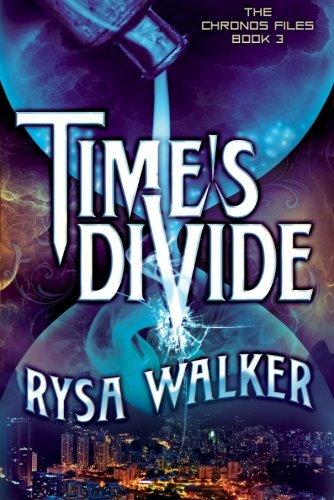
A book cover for Time's Divide (The Chronos Files); Rysa Walker; Science Fiction & Fantasy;